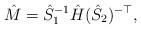
LaTeX: \begin{align*}\hat M=\hat S_1^{-1} \hat H (\hat S_2)^{-\top},\end{align*}